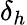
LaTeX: \delta_{h}